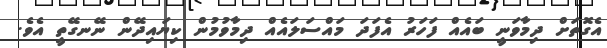
އެގޮތަށް ދިމާވަނީ ބައެއް ފަހަރު އެފަދަ މައްސަލައެއް ދިމާވުމުން ކިޔައިދޭން ނޭނގޭތީ އެވެ.